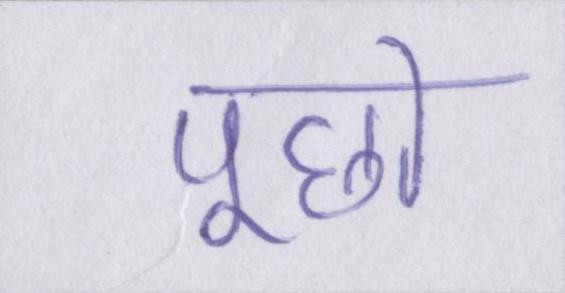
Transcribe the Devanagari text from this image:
पूछो